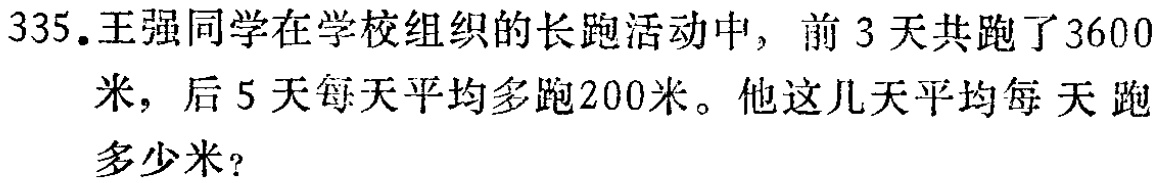
335.王强同学在学校组织的长跑活动中，前3天共跑了3600米，后5天每天平均多跑200米。他这几天平均每天跑多少米？